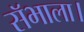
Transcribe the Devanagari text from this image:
सॅभाला।